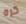
كره